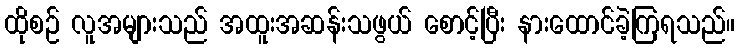
ထိုစဉ် လူအများသည် အထူးအဆန်းသဖွယ် စောင့်ပြီး နားထောင်ခဲ့ကြရသည်။